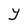
Character: Y